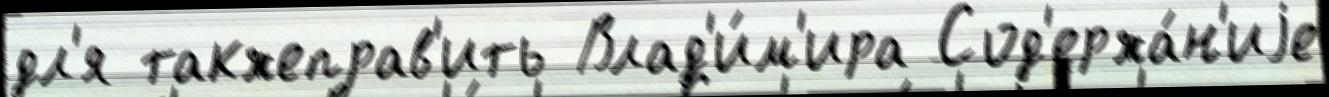
дл'я такжеправ'ить Влад'и́м'ира Сод'ержа́н'иjе